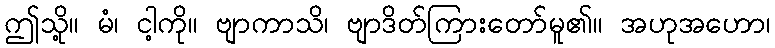
ဤသို့။ မံ၊ ငါ့ကို။ ဗျာကာသိ၊ ဗျာဒိတ်ကြားတော်မူ၏။ အဟုအဟော၊